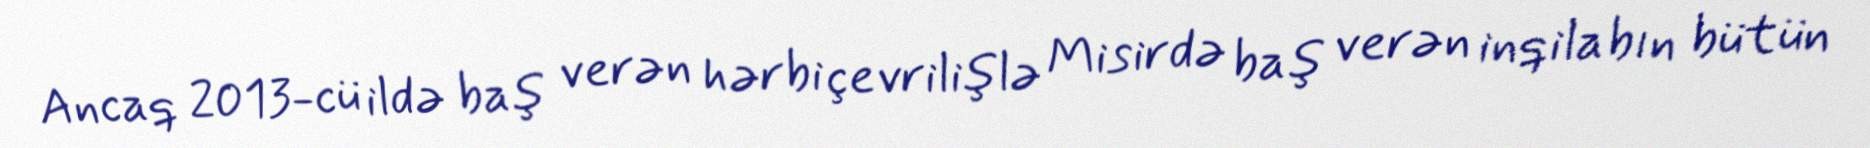
Ancaq 2013-cü ildə baş verən hərbi çevrilişlə Misirdə baş verən inqilabın bütün